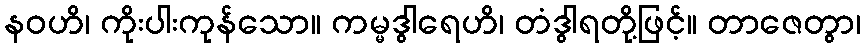
နဝဟိ၊ ကိုးပါးကုန်သော။ ကမ္မဒွါရေဟိ၊ တံဒွါရတို့ဖြင့်။ တာဇေတွာ၊